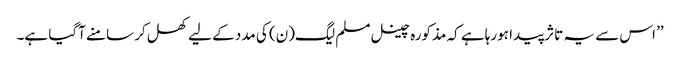
’’ اس سے یہ تاثر پیدا ہورہا ہے کہ مذکورہ چینل مسلم لیگ(ن) کی مدد کے لیے کھل کر سامنے آگیا ہے۔